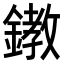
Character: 𨬊